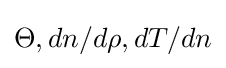
\Theta ,dn/d\rho ,dT/dn